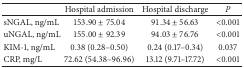
|  | Hospital admission | Hospital discharge | P |
 | --- | --- | --- | --- |
 | sNGAL, ng/mL | 153.90 ± 75.04 | 91.34 ± 56.63 | <0.001 |
 | uNGAL, ng/mL | 155.00 ± 92.39 | 94.03 ± 76.76 | <0.001 |
 | KIM-1, ng/mL | 0.38 (0.28–0.50) | 0.24 (0.17–0.34) | 0.037 |
 | CRP, mg/L | 72.62 (54.38–96.96) | 13.12 (9.71–17.72) | <0.001 |